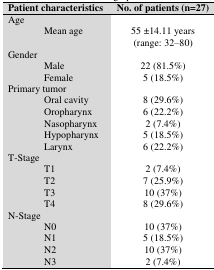
<table><thead><tr><td><b>Patient characteristics </b></td><td><b>No. of patients (n=27)</b></td></tr></thead><tbody><tr><td>Age </td><td></td></tr><tr><td>Mean age</td><td>55 ±14.11 years (range: 32–80)</td></tr><tr><td>Gender </td><td></td></tr><tr><td>Male </td><td>22 (81.5%)</td></tr><tr><td> Female </td><td>5 (18.5%)</td></tr><tr><td>Primary tumor </td><td></td></tr><tr><td>Oral cavity</td><td>8 (29.6%)</td></tr><tr><td>Oropharynx</td><td>6 (22.2%)</td></tr><tr><td>Nasopharynx</td><td>2 (7.4%)</td></tr><tr><td>Hypopharynx</td><td>5 (18.5%)</td></tr><tr><td>Larynx </td><td>6 (22.2%)</td></tr><tr><td>T-Stage</td><td></td></tr><tr><td>T1</td><td>2 (7.4%)</td></tr><tr><td>T2</td><td>7 (25.9%)</td></tr><tr><td>T3</td><td>10 (37%)</td></tr><tr><td>T4</td><td>8 (29.6%)</td></tr><tr><td>N-Stage</td><td></td></tr><tr><td>N0</td><td>10 (37%)</td></tr><tr><td>N1</td><td>5 (18.5%)</td></tr><tr><td>N2</td><td>10 (37%)</td></tr><tr><td>N3</td><td>2 (7.4%)</td></tr></tbody></table>